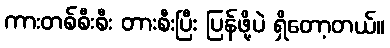
ကားတစ်စီးစီး တားစီးပြီး ပြန်ဖို့ပဲ ရှိတော့တယ်။